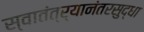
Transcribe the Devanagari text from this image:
स्वातंत्र्यानंतरसुद्धा